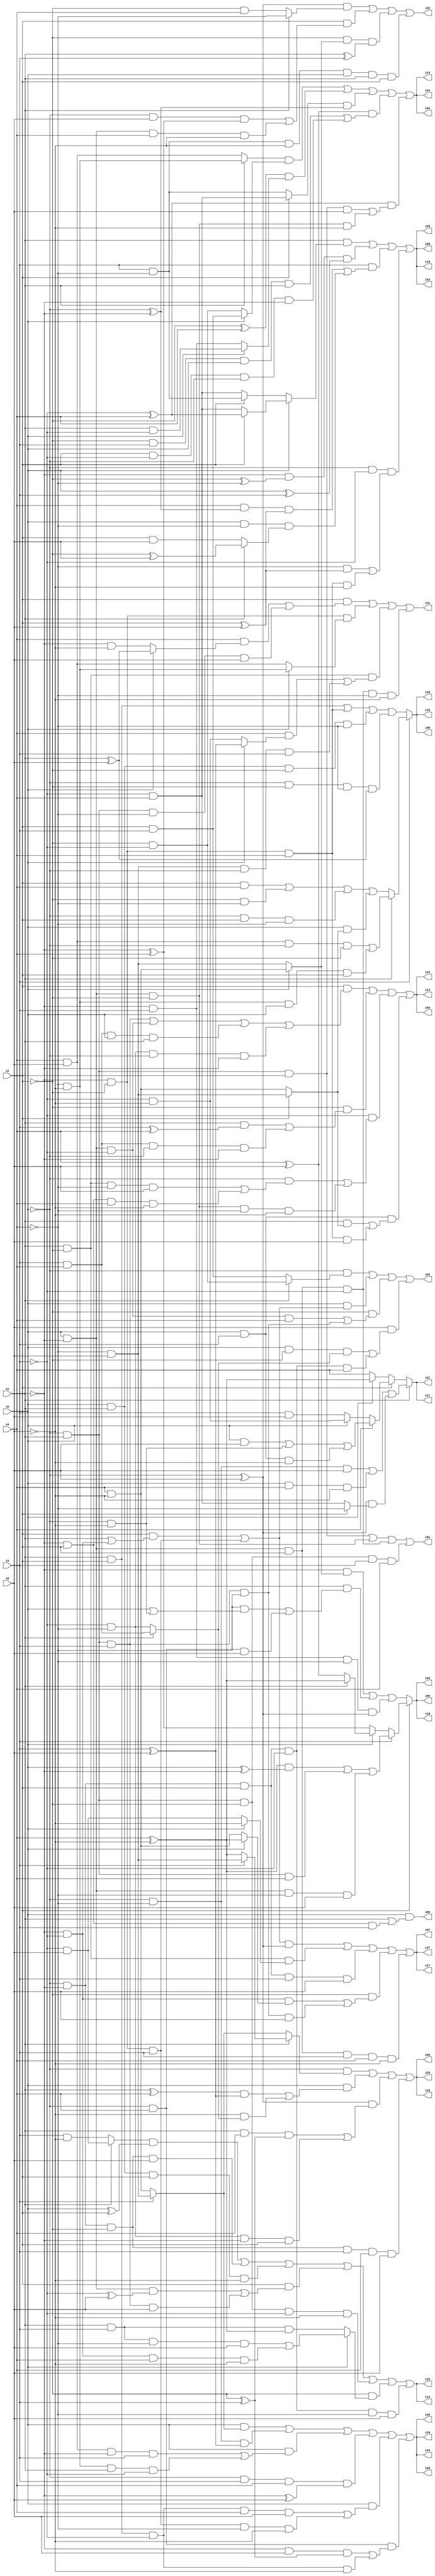
// Benchmark "q_5" written by ABC on Tue Jul 11 03:54:23 2023

module q_5 ( 
    x0, x1, x2, x3, x4, x5,
    z00, z01, z02, z03, z04, z05, z06, z07, z08, z09, z10, z11, z12, z13,
    z14, z15, z16, z17, z18, z19, z20, z21, z22, z23, z24, z25, z26, z27,
    z28, z29, z30, z31, z32, z33, z34  );
  input  x0, x1, x2, x3, x4, x5;
  output z00, z01, z02, z03, z04, z05, z06, z07, z08, z09, z10, z11, z12, z13,
    z14, z15, z16, z17, z18, z19, z20, z21, z22, z23, z24, z25, z26, z27,
    z28, z29, z30, z31, z32, z33, z34;
  assign z00 = x0 & (x1 | (~x1 & x2 & x3));
  assign z01 = (~x0 & x1 & x2) | (x0 & ~x1 & ~x2) | (x0 & ~x1 & x2 & ~x3) | (~x0 & x1 & ~x2 & x3 & x4);
  assign z02 = (~x0 & (x1 ? (~x2 & ~x3) : (x2 & x3))) | (x0 & ((x2 & (x1 | (~x1 & ~x3))) | (~x1 & ~x2 & x3))) | (~x2 & ((x0 & ~x1 & ~x3 & x4) | (~x0 & x1 & x3 & ~x4))) | (x5 & ((x0 & ~x2 & (x1 ? (x3 & x4) : (~x3 & ~x4))) | (~x0 & ~x1 & x2 & ~x3 & x4)));
  assign z03 = (x2 & ((~x0 & x1 & x3) | (x0 & ~x1 & ~x3) | (x3 & x4 & x0 & x1) | (~x3 & ~x4 & ~x0 & ~x1))) | (~x2 & ((x1 & (x3 ^ x4)) | (x3 & x4 & ~x0 & ~x1))) | (~x3 & ((~x0 & ((x1 & ~x2 & ~x4 & x5) | (~x1 & x2 & x4 & ~x5))) | (x0 & ~x1 & ~x2 & ~x4 & ~x5))) | (x0 & x3 & ((x1 & (x2 ? (~x4 & x5) : (x4 & ~x5))) | (~x1 & ~x2 & x4 & x5)));
  assign z04 = ((x1 ? (~x4 & ~x5) : (x4 & x5)) & (x0 ? (x2 & x3) : (~x2 & ~x3))) | ((~x2 ^ x4) & (x0 ? (x1 & ~x3) : (~x1 & x3))) | ((x2 ? (~x3 & x4) : (x3 & ~x4)) & (~x0 ^ ~x1)) | ((x4 ^ x5) & ((~x2 & x3 & x0 & x1) | (x2 & ~x3 & ~x0 & ~x1))) | ((~x3 ^ x4) & ((~x0 & x1 & x2 & x5) | (x0 & ~x1 & ~x2 & ~x5)));
  assign z05 = (~x0 & (x1 ? (x3 ? (~x4 & x5) : (x4 ^ ~x5)) : (x3 ? (~x4 & x5) : (x4 & ~x5)))) | (x0 & (((x1 ^ x4) & (x3 ^ x5)) | (~x5 & (x1 ? (x3 & x4) : (~x3 & ~x4))))) | ((~x0 ^ x5) & ((x1 & x4 & (~x2 ^ x3)) | (~x3 & ~x4 & ~x1 & x2))) | (~x0 & ~x1 & ~x2 & x3 & x4 & x5);
  assign z06 = x2 ? (x3 ? (((x4 ^ ~x5) & (x0 ^ ~x1)) | (~x0 & x1 & x4) | (x0 & ~x1 & ~x4 & x5)) : (x0 ? (x1 ? (x4 ^ ~x5) : (x4 ^ x5)) : (~x1 ^ x4))) : ((~x1 & (x0 ? (x4 & ~x5) : (~x4 & x5))) | (x1 & ((~x4 & (x0 | (~x0 & ~x5))) | (~x0 & x4 & x5))) | (~x1 & x3 & ~x4 & (~x0 ^ x5)));
  assign z07 = (((x2 & (x1 | (~x1 & ~x3))) | (~x1 & ~x2 & x3)) & (~x0 ^ x5)) | (x1 & ~x2 & (x0 ? ~x5 : (~x3 & x5))) | (~x0 & ~x1 & x2 & x3 & x5) | (~x2 & ((~x1 & ~x3 & (x0 ? (x4 ^ ~x5) : (x4 & ~x5))) | (~x0 & x1 & x3 & ~x4 & x5))) | (x0 & ~x1 & x2 & x3 & x4 & ~x5);
  assign z08 = x3 ? (x1 ? ((x4 & x5 & ~x0 & ~x2) | (~x4 & ~x5 & x0 & x2)) : ((x2 & x4) | (~x2 & ~x4) | (~x0 & x2 & ~x4) | (x0 & (x2 ? (~x4 & x5) : (x4 & ~x5))))) : ((x1 & x2) | (~x1 & ~x2 & x4) | (x0 & x1 & ~x2 & ~x4) | (~x0 & ~x2 & ~x4 & (x1 ^ x5)));
  assign z09 = (x1 & (x0 ? (x2 ? (~x3 ^ x4) : (~x3 & x4)) : (x2 ? (x3 & ~x4) : (~x3 & x4)))) | (~x1 & (~x2 ^ ~x4) & (x0 ^ x3)) | (x3 & ((x4 & (~x0 ^ ~x1) & (x2 ^ x5)) | (x0 & ~x4 & (x1 ? (~x2 ^ x5) : (x2 & x5))))) | (~x0 & ~x3 & ((~x4 & (x2 ^ x5)) | (~x1 & ~x2 & x4 & ~x5)));
  assign z10 = (x0 & (x3 ? (~x4 & x5) : (x4 & ~x5))) | (~x0 & ~x4 & (x3 ^ x5)) | (x0 & ((x4 & x5 & ~x1 & x3) | (~x4 & ~x5 & x1 & ~x3))) | (~x0 & x3 & x4 & (~x1 ^ x5)) | (x0 & ((x1 & x2 & ~x3 & x4 & x5) | (~x1 & ~x2 & x3 & ~x4 & ~x5))) | (~x0 & x4 & ((~x1 & x5 & (~x2 ^ x3)) | (x1 & x2 & ~x3 & ~x5)));
  assign z11 = x1 ? ((~x0 & ~x4 & x5) | (x0 & x4 & ~x5) | ((~x0 ^ x5) & (x2 ? ~x4 : (~x3 & x4)))) : (x2 ? (x4 ? ((x0 & x5) | (~x0 & ~x5) | (x0 & x3 & ~x5)) : (x0 ? (~x3 & ~x5) : (x3 & x5))) : (x0 ? (x4 ^ ~x5) : x4));
  assign z12 = ((x1 ? (~x3 & x5) : (x3 & ~x5)) & (x0 ^ x2)) | (~x0 & ~x1 & ~x2 & x5) | (x0 & x1 & x2 & ~x5) | (x2 & ((x0 & ~x1 & (~x3 ^ x5)) | (~x0 & x1 & x3 & x5))) | (~x0 & x1 & ~x2 & ~x3 & ~x5) | (~x2 & (x0 ? ((x1 & x3 & ~x4 & x5) | (~x1 & ~x3 & x4 & ~x5)) : (x1 & x3 & (x4 ^ ~x5)))) | (~x0 & ~x1 & x2 & ~x3 & ~x4 & x5);
  assign z13 = (x2 & ((~x0 & x1 & x3) | (x0 & ~x1 & ~x3) | (x3 & x4 & x0 & x1) | (~x3 & ~x4 & ~x0 & ~x1))) | (~x2 & ((x1 & (x3 ^ x4)) | (x3 & x4 & ~x0 & ~x1))) | (~x3 & ((~x0 & ((x1 & ~x2 & ~x4 & x5) | (~x1 & x2 & x4 & ~x5))) | (x0 & ~x1 & ~x2 & ~x4 & ~x5))) | (x0 & x3 & ((x1 & (x2 ? (~x4 & x5) : (x4 & ~x5))) | (~x1 & ~x2 & x4 & x5)));
  assign z14 = ((x1 ? (~x4 & ~x5) : (x4 & x5)) & (x0 ? (x2 & x3) : (~x2 & ~x3))) | ((~x2 ^ x4) & (x0 ? (x1 & ~x3) : (~x1 & x3))) | ((x2 ? (~x3 & x4) : (x3 & ~x4)) & (~x0 ^ ~x1)) | ((x4 ^ x5) & ((~x2 & x3 & x0 & x1) | (x2 & ~x3 & ~x0 & ~x1))) | ((~x3 ^ x4) & ((~x0 & x1 & x2 & x5) | (x0 & ~x1 & ~x2 & ~x5)));
  assign z15 = (~x0 & (x1 ? (x3 ? (~x4 & x5) : (x4 ^ ~x5)) : (x3 ? (~x4 & x5) : (x4 & ~x5)))) | (x0 & (((x1 ^ x4) & (x3 ^ x5)) | (~x5 & (x1 ? (x3 & x4) : (~x3 & ~x4))))) | ((~x0 ^ x5) & ((x1 & x4 & (~x2 ^ x3)) | (~x3 & ~x4 & ~x1 & x2))) | (~x0 & ~x1 & ~x2 & x3 & x4 & x5);
  assign z16 = x2 ? (x3 ? (((x4 ^ ~x5) & (x0 ^ ~x1)) | (~x0 & x1 & x4) | (x0 & ~x1 & ~x4 & x5)) : (x0 ? (x1 ? (x4 ^ ~x5) : (x4 ^ x5)) : (~x1 ^ x4))) : ((~x1 & (x0 ? (x4 & ~x5) : (~x4 & x5))) | (x1 & ((~x4 & (x0 | (~x0 & ~x5))) | (~x0 & x4 & x5))) | (~x1 & x3 & ~x4 & (~x0 ^ x5)));
  assign z17 = (((x2 & (x1 | (~x1 & ~x3))) | (~x1 & ~x2 & x3)) & (~x0 ^ x5)) | (x1 & ~x2 & (x0 ? ~x5 : (~x3 & x5))) | (~x0 & ~x1 & x2 & x3 & x5) | (~x2 & ((~x1 & ~x3 & (x0 ? (x4 ^ ~x5) : (x4 & ~x5))) | (~x0 & x1 & x3 & ~x4 & x5))) | (x0 & ~x1 & x2 & x3 & x4 & ~x5);
  assign z18 = x3 ? (x1 ? ((x4 & x5 & ~x0 & ~x2) | (~x4 & ~x5 & x0 & x2)) : ((x2 & x4) | (~x2 & ~x4) | (~x0 & x2 & ~x4) | (x0 & (x2 ? (~x4 & x5) : (x4 & ~x5))))) : ((x1 & x2) | (~x1 & ~x2 & x4) | (x0 & x1 & ~x2 & ~x4) | (~x0 & ~x2 & ~x4 & (x1 ^ x5)));
  assign z19 = (x1 & (x0 ? (x2 ? (~x3 ^ x4) : (~x3 & x4)) : (x2 ? (x3 & ~x4) : (~x3 & x4)))) | (~x1 & (~x2 ^ ~x4) & (x0 ^ x3)) | (x3 & ((x4 & (~x0 ^ ~x1) & (x2 ^ x5)) | (x0 & ~x4 & (x1 ? (~x2 ^ x5) : (x2 & x5))))) | (~x0 & ~x3 & ((~x4 & (x2 ^ x5)) | (~x1 & ~x2 & x4 & ~x5)));
  assign z20 = (x0 & (x3 ? (~x4 & x5) : (x4 & ~x5))) | (~x0 & ~x4 & (x3 ^ x5)) | (x0 & ((x4 & x5 & ~x1 & x3) | (~x4 & ~x5 & x1 & ~x3))) | (~x0 & x3 & x4 & (~x1 ^ x5)) | (x0 & ((x1 & x2 & ~x3 & x4 & x5) | (~x1 & ~x2 & x3 & ~x4 & ~x5))) | (~x0 & x4 & ((~x1 & x5 & (~x2 ^ x3)) | (x1 & x2 & ~x3 & ~x5)));
  assign z21 = x1 ? ((~x0 & ~x4 & x5) | (x0 & x4 & ~x5) | ((~x0 ^ x5) & (x2 ? ~x4 : (~x3 & x4)))) : (x2 ? (x4 ? ((x0 & x5) | (~x0 & ~x5) | (x0 & x3 & ~x5)) : (x0 ? (~x3 & ~x5) : (x3 & x5))) : (x0 ? (x4 ^ ~x5) : x4));
  assign z22 = ((x1 ? (~x3 & x5) : (x3 & ~x5)) & (x0 ^ x2)) | (~x0 & ~x1 & ~x2 & x5) | (x0 & x1 & x2 & ~x5) | (x2 & ((x0 & ~x1 & (~x3 ^ x5)) | (~x0 & x1 & x3 & x5))) | (~x0 & x1 & ~x2 & ~x3 & ~x5) | (~x2 & (x0 ? ((x1 & x3 & ~x4 & x5) | (~x1 & ~x3 & x4 & ~x5)) : (x1 & x3 & (x4 ^ ~x5)))) | (~x0 & ~x1 & x2 & ~x3 & ~x4 & x5);
  assign z23 = (x2 & ((~x0 & x1 & x3) | (x0 & ~x1 & ~x3) | (x3 & x4 & x0 & x1) | (~x3 & ~x4 & ~x0 & ~x1))) | (~x2 & ((x1 & (x3 ^ x4)) | (x3 & x4 & ~x0 & ~x1))) | (~x3 & ((~x0 & ((x1 & ~x2 & ~x4 & x5) | (~x1 & x2 & x4 & ~x5))) | (x0 & ~x1 & ~x2 & ~x4 & ~x5))) | (x0 & x3 & ((x1 & (x2 ? (~x4 & x5) : (x4 & ~x5))) | (~x1 & ~x2 & x4 & x5)));
  assign z24 = ((x1 ? (~x4 & ~x5) : (x4 & x5)) & (x0 ? (x2 & x3) : (~x2 & ~x3))) | ((~x2 ^ x4) & (x0 ? (x1 & ~x3) : (~x1 & x3))) | ((x2 ? (~x3 & x4) : (x3 & ~x4)) & (~x0 ^ ~x1)) | ((x4 ^ x5) & ((~x2 & x3 & x0 & x1) | (x2 & ~x3 & ~x0 & ~x1))) | ((~x3 ^ x4) & ((~x0 & x1 & x2 & x5) | (x0 & ~x1 & ~x2 & ~x5)));
  assign z25 = (~x0 & (x1 ? (x3 ? (~x4 & x5) : (x4 ^ ~x5)) : (x3 ? (~x4 & x5) : (x4 & ~x5)))) | (x0 & (((x1 ^ x4) & (x3 ^ x5)) | (~x5 & (x1 ? (x3 & x4) : (~x3 & ~x4))))) | ((~x0 ^ x5) & ((x1 & x4 & (~x2 ^ x3)) | (~x3 & ~x4 & ~x1 & x2))) | (~x0 & ~x1 & ~x2 & x3 & x4 & x5);
  assign z26 = x2 ? (x3 ? (((x4 ^ ~x5) & (x0 ^ ~x1)) | (~x0 & x1 & x4) | (x0 & ~x1 & ~x4 & x5)) : (x0 ? (x1 ? (x4 ^ ~x5) : (x4 ^ x5)) : (~x1 ^ x4))) : ((~x1 & (x0 ? (x4 & ~x5) : (~x4 & x5))) | (x1 & ((~x4 & (x0 | (~x0 & ~x5))) | (~x0 & x4 & x5))) | (~x1 & x3 & ~x4 & (~x0 ^ x5)));
  assign z27 = (((x2 & (x1 | (~x1 & ~x3))) | (~x1 & ~x2 & x3)) & (~x0 ^ x5)) | (x1 & ~x2 & (x0 ? ~x5 : (~x3 & x5))) | (~x0 & ~x1 & x2 & x3 & x5) | (~x2 & ((~x1 & ~x3 & (x0 ? (x4 ^ ~x5) : (x4 & ~x5))) | (~x0 & x1 & x3 & ~x4 & x5))) | (x0 & ~x1 & x2 & x3 & x4 & ~x5);
  assign z28 = x3 ? (x1 ? ((x4 & x5 & ~x0 & ~x2) | (~x4 & ~x5 & x0 & x2)) : ((x2 & x4) | (~x2 & ~x4) | (~x0 & x2 & ~x4) | (x0 & (x2 ? (~x4 & x5) : (x4 & ~x5))))) : ((x1 & x2) | (~x1 & ~x2 & x4) | (x0 & x1 & ~x2 & ~x4) | (~x0 & ~x2 & ~x4 & (x1 ^ x5)));
  assign z29 = (x1 & (x0 ? (x2 ? (~x3 ^ x4) : (~x3 & x4)) : (x2 ? (x3 & ~x4) : (~x3 & x4)))) | (~x1 & (~x2 ^ ~x4) & (x0 ^ x3)) | (x3 & ((x4 & (~x0 ^ ~x1) & (x2 ^ x5)) | (x0 & ~x4 & (x1 ? (~x2 ^ x5) : (x2 & x5))))) | (~x0 & ~x3 & ((~x4 & (x2 ^ x5)) | (~x1 & ~x2 & x4 & ~x5)));
  assign z30 = (x0 & (x3 ? (~x4 & x5) : (x4 & ~x5))) | (~x0 & ~x4 & (x3 ^ x5)) | (x0 & ((x4 & x5 & ~x1 & x3) | (~x4 & ~x5 & x1 & ~x3))) | (~x0 & x3 & x4 & (~x1 ^ x5)) | (x0 & ((x1 & x2 & ~x3 & x4 & x5) | (~x1 & ~x2 & x3 & ~x4 & ~x5))) | (~x0 & x4 & ((~x1 & x5 & (~x2 ^ x3)) | (x1 & x2 & ~x3 & ~x5)));
  assign z31 = (x2 & ((x4 & (x0 ? (x1 ^ x5) : (~x1 & ~x5))) | (~x0 & x1 & ~x4 & x5))) | (~x1 & ~x2 & (x0 ? (~x4 & ~x5) : (x4 & x5))) | (x1 & ~x2 & ((x4 & (x0 ? (x3 ^ x5) : (~x3 & ~x5))) | (~x4 & x5 & ~x0 & x3))) | (x0 & ~x1 & x2 & ~x3 & ~x4 & ~x5);
  assign z32 = ((~x0 ^ x5) & (x1 ? ~x4 : (~x2 & x4))) | (x2 & ((~x0 & x5 & (~x1 ^ x4)) | (x0 & ~x1 & x4 & ~x5))) | (~x2 & (x0 ? (x4 & ~x5) : (~x4 & x5)) & (x1 ^ x3)) | (x3 & ~x4 & ~x5 & x0 & x1 & x2);
  assign z33 = (x1 & (x0 ? (x2 ? (~x3 ^ x4) : (~x3 & x4)) : (x2 ? (x3 & ~x4) : (~x3 & x4)))) | (~x1 & (~x2 ^ ~x4) & (x0 ^ x3)) | (x3 & ((x4 & (~x0 ^ ~x1) & (x2 ^ x5)) | (x0 & ~x4 & (x1 ? (~x2 ^ x5) : (x2 & x5))))) | (~x0 & ~x3 & ((~x4 & (x2 ^ x5)) | (~x1 & ~x2 & x4 & ~x5)));
  assign z34 = (x0 & (x3 ? (~x4 & x5) : (x4 & ~x5))) | (~x0 & ~x4 & (x3 ^ x5)) | (x0 & ((x4 & x5 & ~x1 & x3) | (~x4 & ~x5 & x1 & ~x3))) | (~x0 & x3 & x4 & (~x1 ^ x5)) | (x0 & ((x1 & x2 & ~x3 & x4 & x5) | (~x1 & ~x2 & x3 & ~x4 & ~x5))) | (~x0 & x4 & ((~x1 & x5 & (~x2 ^ x3)) | (x1 & x2 & ~x3 & ~x5)));
endmodule